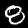
Digit: 8